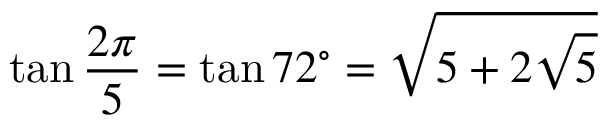
\tan { \frac { 2 \pi } { 5 } } = \tan 7 2 ^ { \circ } = { \sqrt { 5 + 2 { \sqrt { 5 } } } }